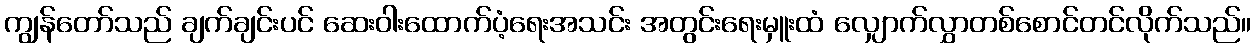
ကျွန်တော်သည် ချက်ချင်းပင် ဆေးဝါးထောက်ပံ့ရေးအသင်း အတွင်းရေးမှူးထံ လျှောက်လွှာတစ်စောင်တင်လိုက်သည်။